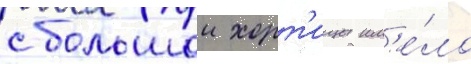
с большои хорт'ицы им'е́ло